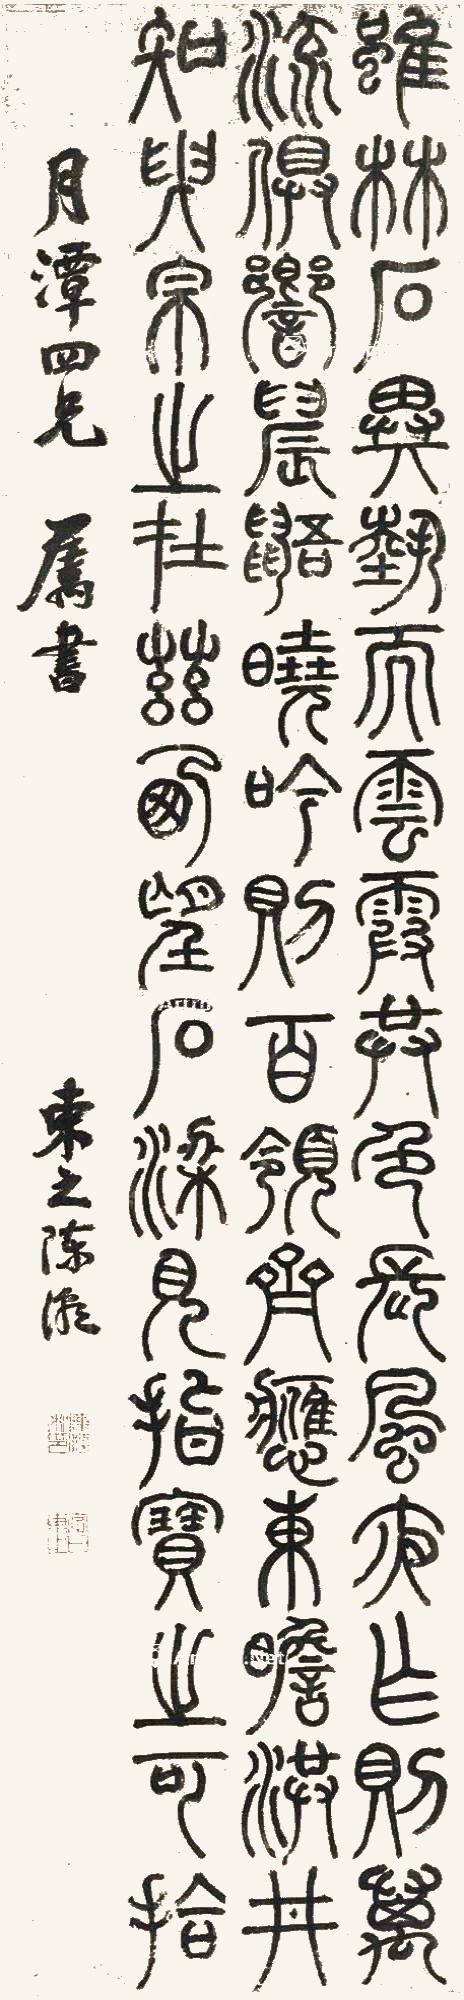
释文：虽林石异势，而云霞共色。长风夜作，则万流俱响。晨鼯晓吟，则百领齐应。东瞻洪井，知曳帛之在兹。西望石梁，见指宝之可拾。月潭四兄属书，东之陈潮。